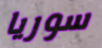
سوريا